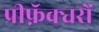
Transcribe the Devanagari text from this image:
प्रीफ़ॅक्चरों